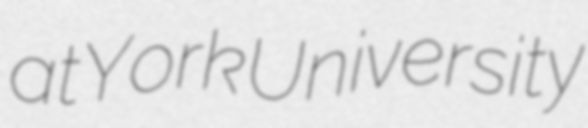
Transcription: at York University